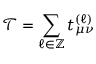
\mathcal { T } = \sum _ { \ell \in \mathbb { Z } } t _ { \mu \nu } ^ { ( \ell ) }